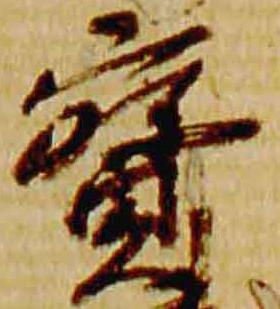
宝